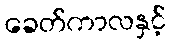
ခေတ်ကာလနှင့်